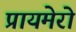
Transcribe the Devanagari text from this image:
प्रायमेरो